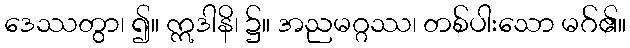
ဒေဿတွာ၊ ၍။ ဣဒါနိ၊ ၌။ အညမဂ္ဂဿ၊ တစ်ပါးသော မဂ်၏။